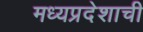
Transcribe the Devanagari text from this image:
मध्‍यप्रदेशाची